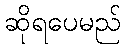
ဆိုရပေမည်